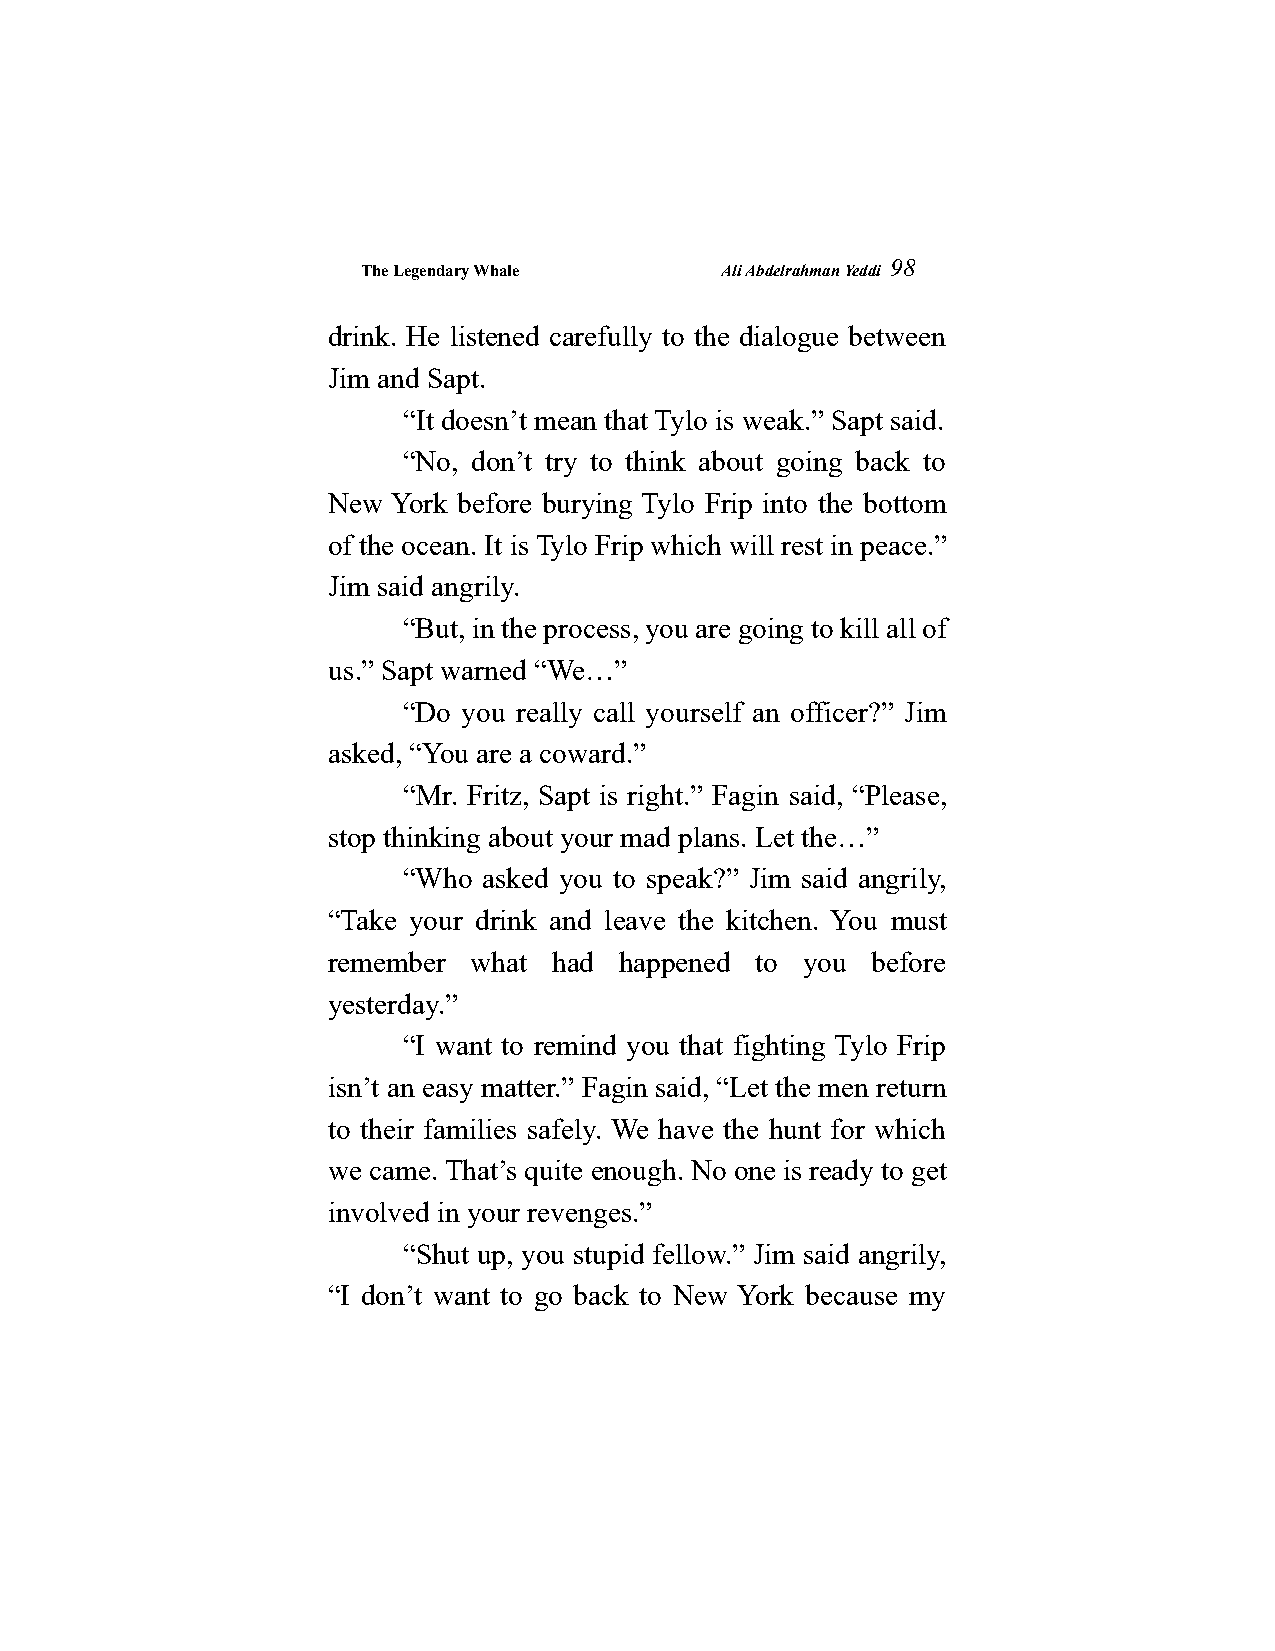
The Legendary Whale     Ali Abdelrahman Yeddi
 98
 drink. He listened carefully to the dialogue between
 Jim and Sapt.
 “It doesn’t mean that Tylo is weak.” Sapt said.
 “No, don’t try to think about going back to
 New York before burying Tylo Frip into the bottom
 of the ocean. It is Tylo Frip which will rest in peace.”
 Jim said angrily.
 “But, in the process, you are going to kill all of
 us.” Sapt warned “We…”
 “Do you really call yourself an officer?” Jim
 asked, “You are a coward.”
 “Mr. Fritz, Sapt is right.” Fagin said, “Please,
 stop thinking about your mad plans. Let the…”
 “Who asked you to speak?” Jim said angrily,
 “Take your drink and leave the kitchen. You must
 remember what  had happened to you  before
 yesterday.”
 “I want to remind you that fighting Tylo Frip
 isn’t an easy matter.” Fagin said, “Let the men return
 to their families safely. We have the hunt for which
 we came. That’s quite enough. No one is ready to get
 involved in your revenges.”
 “Shut up, you stupid fellow.” Jim said angrily,
 “I don’t want to go back to New York because my